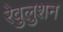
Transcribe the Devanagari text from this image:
रेवुलुशन